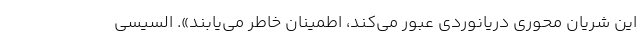
این شریان محوری دریانوردی عبور می‌کند، اطمینان خاطر می‌یابند». السیسی